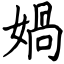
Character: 媧